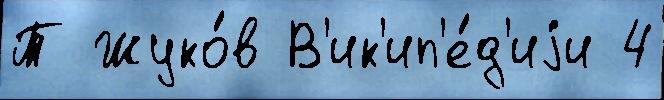
Т Жуко́в В'ик'ип'е́д'иjи 4